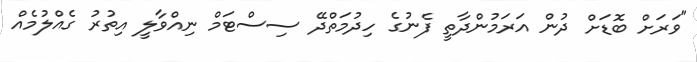
"ވަރަށް ބޮޑަށް ދުން އަރަމުންދާތީ ފެނުގެ ހިދުމަތްދޭ ސިސްޓަމް ނިއްވާލީ އިތުރު ގެއްލުމެއް